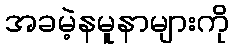
အခမဲ့နမူနာများကို